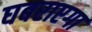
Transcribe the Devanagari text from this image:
घबराएगा